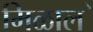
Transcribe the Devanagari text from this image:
मिळाल॓